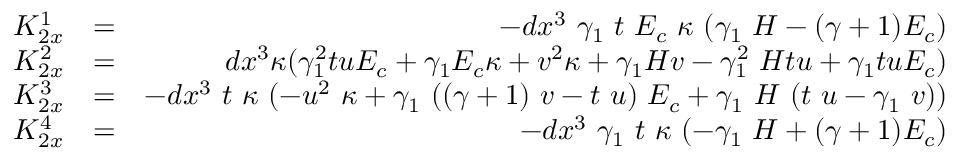
\begin{array} { r l r } { K _ { 2 x } ^ { 1 } } & { = } & { - d x ^ { 3 } ~ \gamma _ { 1 } ~ t ~ E _ { c } ~ \kappa ~ ( \gamma _ { 1 } ~ H - ( \gamma + 1 ) E _ { c } ) } \\ { K _ { 2 x } ^ { 2 } } & { = } & { d x ^ { 3 } \kappa ( \gamma _ { 1 } ^ { 2 } t u E _ { c } + \gamma _ { 1 } E _ { c } \kappa + v ^ { 2 } \kappa + \gamma _ { 1 } H v - \gamma _ { 1 } ^ { 2 } ~ H t u + \gamma _ { 1 } t u E _ { c } ) } \\ { K _ { 2 x } ^ { 3 } } & { = } & { - d x ^ { 3 } ~ t ~ \kappa ~ ( - u ^ { 2 } ~ \kappa + \gamma _ { 1 } ~ ( ( \gamma + 1 ) ~ v - t ~ u ) ~ E _ { c } + \gamma _ { 1 } ~ H ~ ( t ~ u - \gamma _ { 1 } ~ v ) ) } \\ { K _ { 2 x } ^ { 4 } } & { = } & { - d x ^ { 3 } ~ \gamma _ { 1 } ~ t ~ \kappa ~ ( - \gamma _ { 1 } ~ H + ( \gamma + 1 ) E _ { c } ) } \end{array}